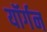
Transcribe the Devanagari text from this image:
यॉर्गन